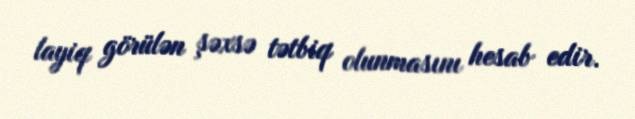
layiq görülən şəxsə tətbiq olunmasını hesab edir.